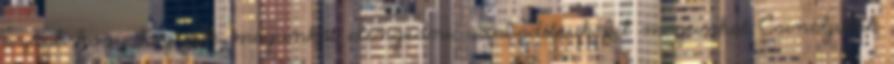
azzal, hogy hagyjuk magunkat elengedni, szabadítsuk fel magunkat Csináljunk